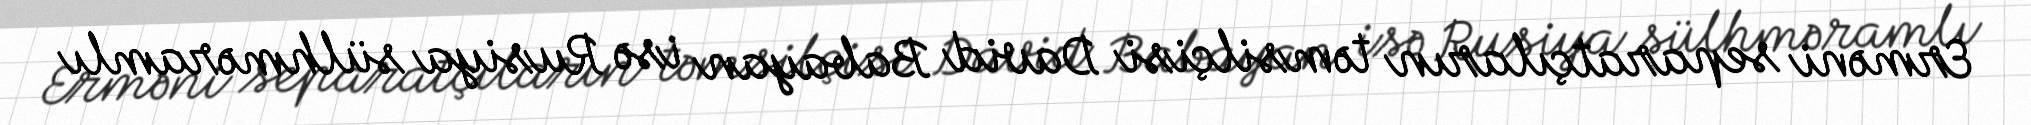
Erməni separatçıların təmsilçisi David Babayan isə Rusiya sülhməramlı